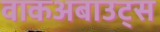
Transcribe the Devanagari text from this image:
वाकअबाउट्स